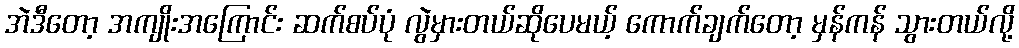
အဲဒီတော့ အကျိုးအကြောင်း ဆက်စပ်ပုံ လွဲမှားတယ်ဆိုပေမယ့် ကောက်ချက်တော့ မှန်ကန် သွားတယ်လို့